Investigations into the jail dietaries of the United Provinces with some observations on the influence of dietary on the physical development and well-being of the people of the United Provinces - Number 48
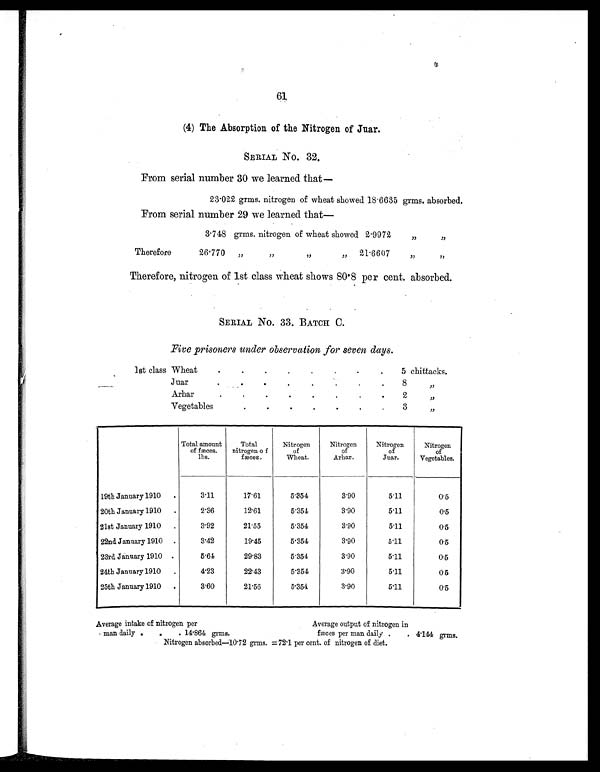
61
(4) The Absorption of the Nitrogen of Juar.
SERIAL No. 32
.
From serial number 30 we learned that
—
23.022 grms. nitrogen of wheat showed 18.6635 grms. absorbed.
From serial number 29 we learned that
—
3.748 grms. nitrogen of wheat showed 2.9972 „ „
Therefore
26.770 „ „ „ „ 21.6607 „ „
Therefore, nitrogen of 1st class wheat shows 80.8 per cent. absorbed.
SERIAL No. 33. BATCH C.
Five prisoners under observation for seven days.
1st class Wheat
.
.
.
.
.
. .
. 5 chittacks.
Juar
.
.
.
.
.
.
.
.
8
„
Arhar
.
.
.
.
.
.
.
.
2
„
Vegetables
.
.
.
.
.
.
. 3
„
Total amount
of fæces.
lbs.
Total
nitrogen of
fæces.
Nitrogen
of
Wheat.
Nitrogen
of
Arhar.
Nitrogen
of
Juar.
Nitrogen
of
Vegetables.
19th January 1910 .
3.11
17.61
5.354
3.90
5.11
0.5
20th January 1910 .
2.36
12.61
5.354
3.90
5.11
0.5
21st January 1910 .
3.92
21.55
5.354
3.90
5.11
0.5
22nd January 1910 .
3.42
19.45
5.354
3.90
5.11
0.5
23rd January 1910 .
5.64
29.83
5.354
3.90
5.11
0.5
24th January 1910 .
4.23
22.43
5.354
3.90
5.11
0.5
25th January 1910 .
3.60
21.56
5.354
3.90
5.11
0.5
Average intake of nitrogen per
Average output of nitrogen in
man daily .
.
. 14.864 grms.
fæces per man daily .
. 4.144 grms.
Nitrogen absorbed—10.72 grms. =72.1 per cent. of nitrogen of diet.